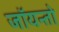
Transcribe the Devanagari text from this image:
जॉयन्तो